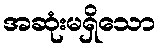
အဆုံးမရှိသော